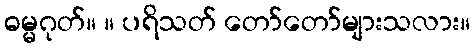
ဓမ္မဂုတ်။ ။ ပရိသတ် တော်တော်များသလား။